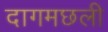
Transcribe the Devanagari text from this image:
दागमछली